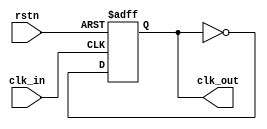

module clk_div2(
    output reg clk_out,
    input clk_in, rstn
    );
    
    always @(posedge clk_in or negedge rstn) begin
        if(!rstn) clk_out <= 0;
        else clk_out <= !clk_out;
    end
endmodule
//hello